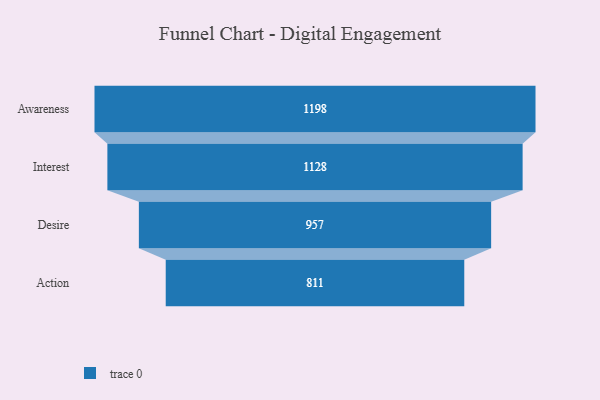
{"axis": {"x": "Stage", "y": "Value"}, "legend": [""], "data": [{"x": "Awareness", "y": 1198.0, "type": ""}, {"x": "Interest", "y": 1128.0, "type": ""}, {"x": "Desire", "y": 957.0, "type": ""}, {"x": "Action", "y": 811.0, "type": ""}]}